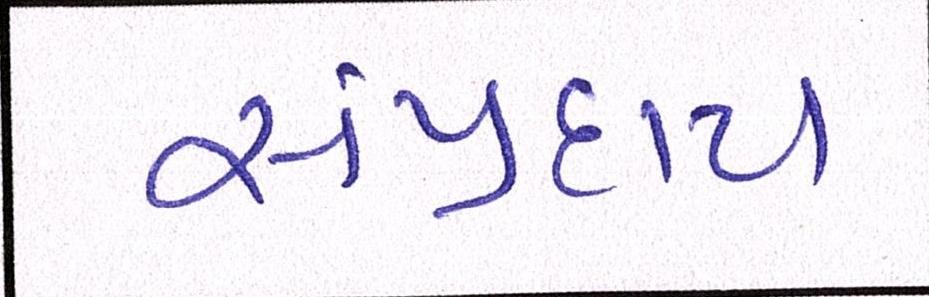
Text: સંપ્રદાય